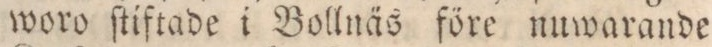
woro ſtiftade i Bollnäs före nuwarande